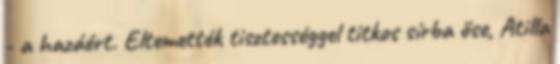
- a hazáért. Eltemették tisztességgel titkos sírba őse, Atilla